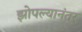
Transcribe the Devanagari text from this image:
झोपल्यानंतर